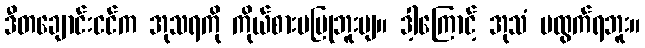
ဒီတချောင်းငင်က အုသရကို ကိုယ်စားမပြုဘူးဗျ။ ဒါ့ကြောင့် အုသံ မထွက်ရဘူး။